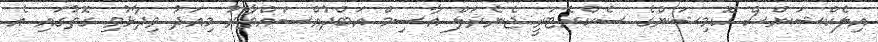
އިލެކްޝަންސް ކޮމިޝަންގެ ސެކްރެޓަރީ ޖެނެރަލް އާސިމް އަބްދުއްސައްތާރު މިއަދު ވިދާޅުވި ގޮތުގައި އެ